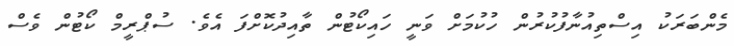
މެންބަރަކު އިސްތިއުނާފުކުރުން ހުކުމަށް ވަނީ ހައިކޯޓުން ތާއިދުކޮށްފަ އެވެ. ސުޕްރީމް ކޯޓުން ވެސް